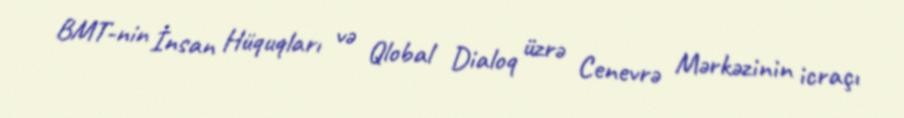
BMT-nin İnsan Hüquqları və Qlobal Dialoq üzrə Cenevrə Mərkəzinin icraçı